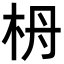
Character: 𣐠